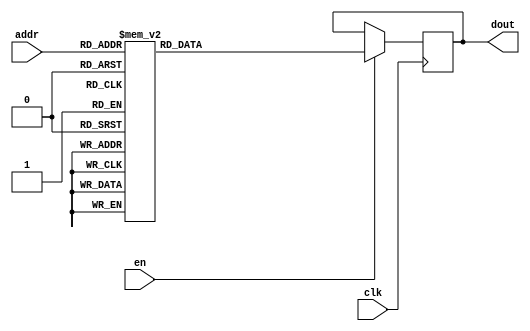
`timescale 1ns / 1ps
/*
Copyright
All right reserved.
Module Name: rom_syn
Author  : Zichuan Liu, Yixing Li and Wenye Liu.
Description:
A synthesized ROM: ROM_DEP x ROM_WID
*/
module DC_6_REF_SIGN_ROM_0(
// inputs
clk,
en,
addr,
// outputs
dout
);
localparam ROM_WID = 1;
localparam ROM_DEP = 64;
localparam ROM_ADDR = 6;
// input definition
input clk;
input en;
input [ROM_ADDR-1:0] addr;
// output definition
output [ROM_WID-1:0] dout;
reg [ROM_WID-1:0] data;
always @(posedge clk)
begin
if (en) begin
case(addr)
		6'd0: data <= 1'b1;
		6'd1: data <= 1'b1;
		6'd2: data <= 1'b1;
		6'd3: data <= 1'b1;
		6'd4: data <= 1'b1;
		6'd5: data <= 1'b0;
		6'd6: data <= 1'b1;
		6'd7: data <= 1'b1;
		6'd8: data <= 1'b1;
		6'd9: data <= 1'b1;
		6'd10: data <= 1'b1;
		6'd11: data <= 1'b1;
		6'd12: data <= 1'b1;
		6'd13: data <= 1'b1;
		6'd14: data <= 1'b1;
		6'd15: data <= 1'b1;
		6'd16: data <= 1'b1;
		6'd17: data <= 1'b1;
		6'd18: data <= 1'b1;
		6'd19: data <= 1'b1;
		6'd20: data <= 1'b1;
		6'd21: data <= 1'b1;
		6'd22: data <= 1'b1;
		6'd23: data <= 1'b1;
		6'd24: data <= 1'b1;
		6'd25: data <= 1'b1;
		6'd26: data <= 1'b1;
		6'd27: data <= 1'b1;
		6'd28: data <= 1'b1;
		6'd29: data <= 1'b1;
		6'd30: data <= 1'b1;
		6'd31: data <= 1'b1;
		6'd32: data <= 1'b1;
		6'd33: data <= 1'b1;
		6'd34: data <= 1'b1;
		6'd35: data <= 1'b1;
		6'd36: data <= 1'b1;
		6'd37: data <= 1'b1;
		6'd38: data <= 1'b0;
		6'd39: data <= 1'b1;
		6'd40: data <= 1'b1;
		6'd41: data <= 1'b1;
		6'd42: data <= 1'b1;
		6'd43: data <= 1'b1;
		6'd44: data <= 1'b1;
		6'd45: data <= 1'b1;
		6'd46: data <= 1'b1;
		6'd47: data <= 1'b1;
		6'd48: data <= 1'b1;
		6'd49: data <= 1'b1;
		6'd50: data <= 1'b1;
		6'd51: data <= 1'b1;
		6'd52: data <= 1'b1;
		6'd53: data <= 1'b1;
		6'd54: data <= 1'b1;
		6'd55: data <= 1'b1;
		6'd56: data <= 1'b1;
		6'd57: data <= 1'b1;
		6'd58: data <= 1'b1;
		6'd59: data <= 1'b1;
		6'd60: data <= 1'b1;
		6'd61: data <= 1'b1;
		6'd62: data <= 1'b1;
		6'd63: data <= 1'b1;
		endcase
		end
	end
	assign dout = data;
endmodule